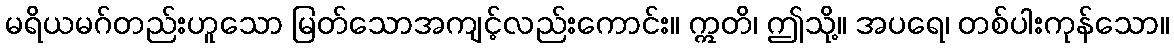
မရိယမဂ်တည်းဟူသော မြတ်သောအကျင့်လည်းကောင်း။ ဣတိ၊ ဤသို့။ အပရေ၊ တစ်ပါးကုန်သော။